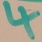
Text: 4